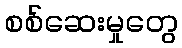
စစ်ဆေးမှုတွေ